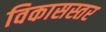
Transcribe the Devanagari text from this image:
विकासस्तर